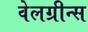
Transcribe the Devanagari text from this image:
वेलग्रीन्स